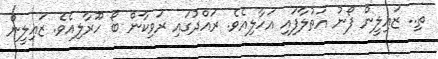
ތި.. ޒައިލީން ފޯނު އަތުލާފައި އަހާލިއެވެ. ރައްދުގައި ރަވިކާން ބޯ ހޫރާލިއެވެ. ޒައިލީން